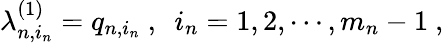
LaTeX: \lambda_{n,i_{n}}^{(1)}=q_{n,i_{n}}\ ,\ \ i_{n}=1,2,\cdots,m_{n}-1\ ,